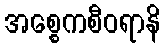
အစ္စေကစီဝရာနိ